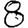
Digit: 8